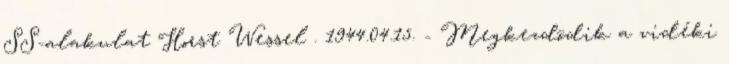
SS-alakulat Horst Wessel . 1944.04.15. - Megkezdõdik a vidéki